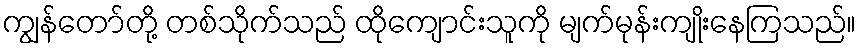
ကျွန်တော်တို့ တစ်သိုက်သည် ထိုကျောင်းသူကို မျက်မုန်းကျိုးနေကြသည်။